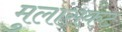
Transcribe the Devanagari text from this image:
मुलांसकट